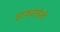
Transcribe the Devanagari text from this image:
वाफवलेली